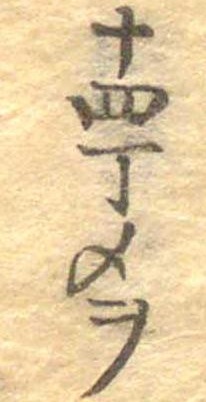
十四丁メヲ